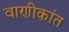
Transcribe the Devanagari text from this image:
वाणीकांत